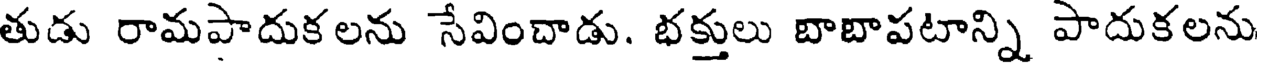
తుడు రామపాదుకలను సేవించాడు. భక్తులు బాబాపటాన్ని పాదుకలను